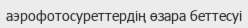
аэрофотосуреттердің өзара беттесуі